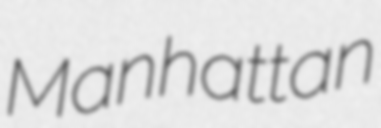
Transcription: Manhattan